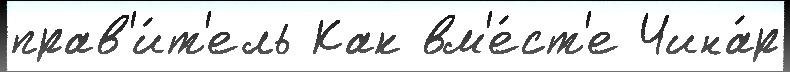
прав'и́т'ель Как вм'е́ст'е Чина́р